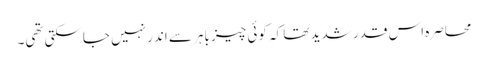
محاصرہ اس قدر شدید تھا کہ کوئی چیز باہر سے اندر نہیں جاسکتی تھی۔